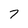
Character: 7